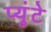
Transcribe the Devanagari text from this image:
प्युंटे